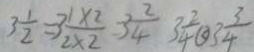
3 \frac { 1 } { 2 } = 3 \frac { 1 \times 2 } { 2 \times 2 } = 3 \frac { 2 } { 4 } 3 \frac { 2 } { 4 } \textcircled { < } 3 \frac { 3 } { 4 }